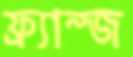
ফ্র্যান্জ